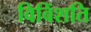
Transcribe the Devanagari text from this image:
विविंशति